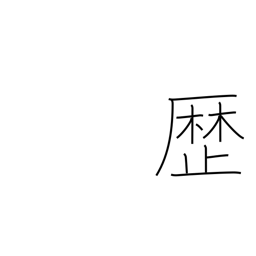
Meaning: passage of time